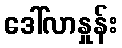
ဒေါ်လာနှုန်း